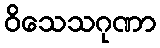
ဝိသေသဂုဏာ